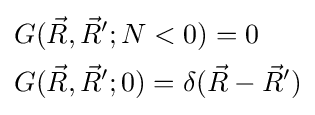
{\begin{aligned}&G({\vec {R}},{\vec {R}}';N<0)=0\\&G({\vec {R}},{\vec {R}}';0)=\delta ({\vec {R}}-{\vec {R}}')\\\end{aligned}}